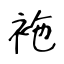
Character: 袘